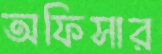
অফিসার